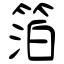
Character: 箔